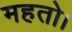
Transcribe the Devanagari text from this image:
महतो।